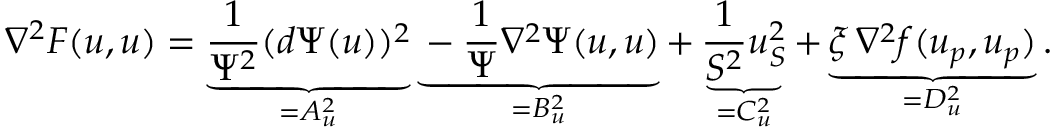
\nabla ^ { 2 } F ( u , u ) = \underbrace { \frac { 1 } { \Psi ^ { 2 } } ( d \Psi ( u ) ) ^ { 2 } } _ { = A _ { u } ^ { 2 } } \underbrace { - \frac { 1 } { \Psi } \nabla ^ { 2 } \Psi ( u , u ) } _ { = B _ { u } ^ { 2 } } + \underbrace { \frac { 1 } { S ^ { 2 } } u _ { S } ^ { 2 } } _ { = C _ { u } ^ { 2 } } + \underbrace { \xi \, \nabla ^ { 2 } f ( u _ { p } , u _ { p } ) } _ { = D _ { u } ^ { 2 } } .